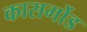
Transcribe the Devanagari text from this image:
कासर्गोड